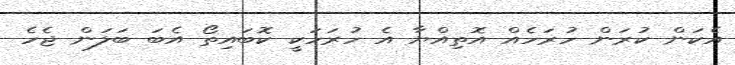
އެކަން ކުރަން ހުރަހެއް އޮތިއްޔާ އެ ހުރަހަކީ ކޮބައިތޯ އެބަ ބަލަން ޖެހެ